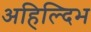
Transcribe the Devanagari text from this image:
अहिल्दिभ